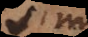
sim